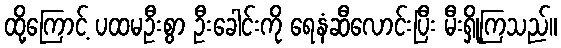
ထို့ကြောင့် ပထမဦးစွာ ဦးခေါင်းကို ရေနံဆီလောင်းပြီး မီးရှို့ကြသည်။